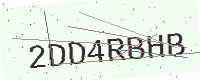
Text: 2DD4RBHB